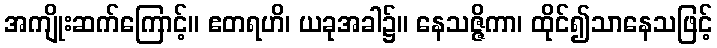
အကျိုးဆက်ကြောင့်။ ဧတရဟိ၊ ယခုအခါ၌။ နေသဇ္ဇိကာ၊ ထိုင်၍သာနေသဖြင့်